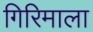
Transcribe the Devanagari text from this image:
गिरिमाला